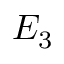
E _ { 3 }